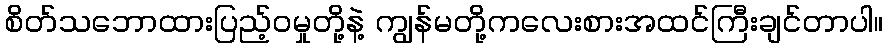
စိတ်သဘောထားပြည့်၀မှုတို့နဲ့ ကျွန်မတို့ကလေးစားအထင်ကြီးချင်တာပါ။